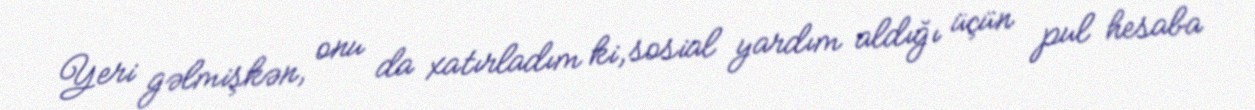
Yeri gəlmişkən, onu da xatırladım ki, sosial yardım aldığı üçün pul hesaba